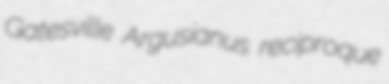
Gatesville Argusianus reciproque